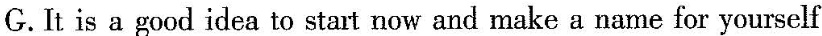
G. It is a good idea to start now and make a name for yourself